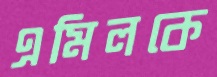
এমিলকে